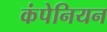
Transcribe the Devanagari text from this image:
कंपेनियन